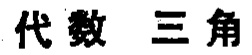
代数 三角